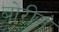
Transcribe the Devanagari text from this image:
बोरीनं